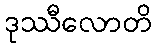
ဒုဿီလောတိ